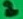
Text: 2